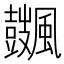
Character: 𩙏